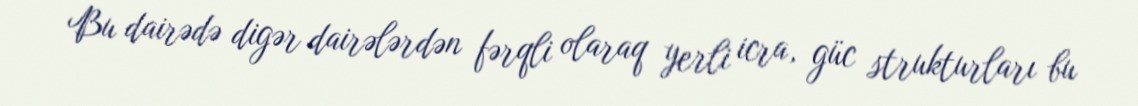
Bu dairədə digər dairələrdən fərqli olaraq yerli icra, güc strukturları bu